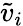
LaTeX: \tilde{v}_{i}